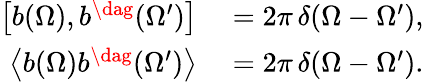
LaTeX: \begin{array}{rl}{\left[b(\Omega),b^{\dag}(\Omega^{\prime})\right]}&{{}=2\pi\, \delta(\Omega-\Omega^{\prime}),}\\ {\left\langle b(\Omega)b^{\dag}(\Omega^{\prime})\right\rangle}&{{}=2\pi\, \delta(\Omega-\Omega^{\prime}).}\end{array}